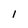
Character: 1